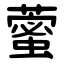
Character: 藌